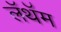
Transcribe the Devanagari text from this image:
लॅथॅम